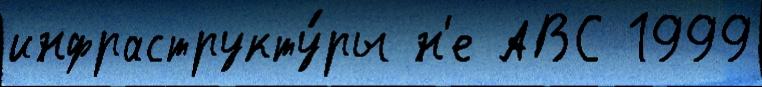
инфраструкту́ры н'е АВС 1999